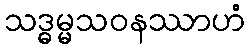
သဒ္ဓမ္မသဝနဿာဟံ